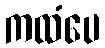
ကထံပေ